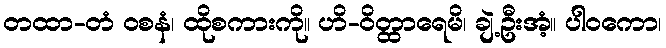
တထာ-တံ ဝစနံ၊ ထိုစကားကို။ ဟိ-ဝိတ္ထာရေမိ၊ ချဲ့ဦးအံ့။ ပါဝကော၊